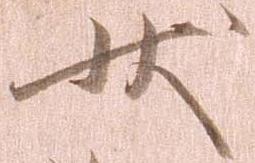
状